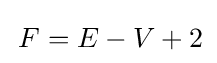
\,F=E-V+2